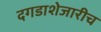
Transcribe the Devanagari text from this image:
दगडाशेजारीच